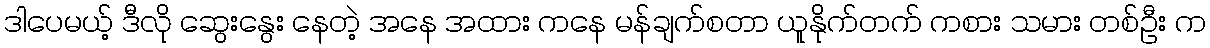
ဒါပေမယ့် ဒီလို ဆွေးနွေး နေတဲ့ အနေ အထား ကနေ မန်ချက်စတာ ယူနိုက်တက် ကစား သမား တစ်ဦး က